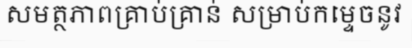
សមត្ថភាពគ្រាប់គ្រាន់ សម្រាប់កម្ទេចនូវ